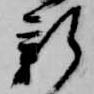
新